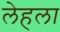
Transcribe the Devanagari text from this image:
लेहला